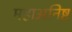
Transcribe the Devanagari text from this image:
महाअनिष्ट